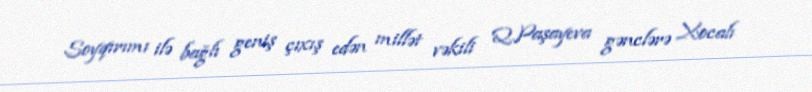
Soyqırımı ilə bağlı geniş çıxış edən millət vəkili Q.Paşayeva gənclərə Xocalı